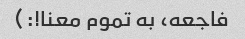
فاجعه، به تموم معنا!:)